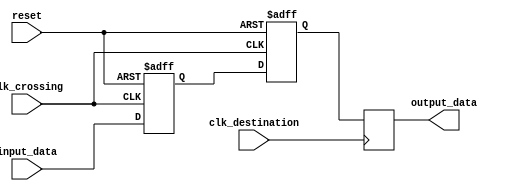
module ThreeFlopSynchronizer (
    input wire clk_crossing,
    input wire clk_destination,
    input wire reset,
    input wire input_data,
    output reg output_data
);

reg [2:0] flop_data;

always @(posedge clk_crossing or posedge reset) begin
    if (reset) begin
        flop_data <= 3'b0;
    end else begin
        flop_data <= {flop_data[1:0], input_data};
    end
end

reg [2:0] stable_data;

always @(posedge clk_crossing or posedge reset) begin
    if (reset) begin
        stable_data <= 3'b0;
    end else begin
        stable_data <= flop_data;
    end
end

reg [2:0] synchronized_data;

always @(posedge clk_destination) begin
    synchronized_data <= stable_data;
end

assign output_data = synchronized_data[0];

endmodule